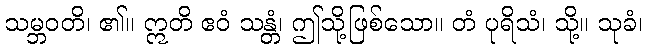
သမ္ဘဝတိ၊ ၏။ ဣတိ ဧဝံ သန္တံ၊ ဤသို့ဖြစ်သော။ တံ ပုရိသံ၊ သို့။ သုခံ၊